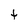
Character: t